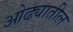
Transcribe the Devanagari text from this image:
ओढ्यातील